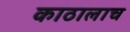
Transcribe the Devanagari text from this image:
काठालाच